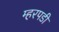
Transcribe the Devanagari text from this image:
म्हरपडी